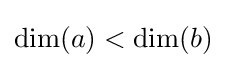
\dim(a)<\dim(b)